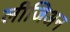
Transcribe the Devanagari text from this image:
लीजिअन